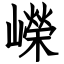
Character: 嶸